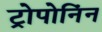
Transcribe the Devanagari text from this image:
ट्रोपोनिंन